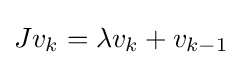
Jv_{k}=\lambda v_{k}+v_{k-1}